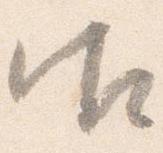
御